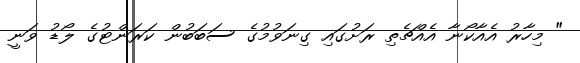
" މިހާރު އެއާކޯނާ އެއްޗެތި ރަށުގައި ގިނަވުމުގެ ސަބަބުން ކަރަންޓުގެ ލޯޑު ވަނީ